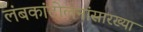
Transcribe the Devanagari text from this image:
लंबकांदोलनांसारख्या